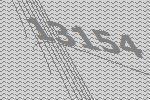
13154